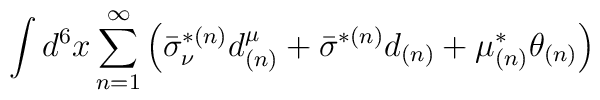
\int d^6 x\sum ^{\infty}_{n=1}\left(\bar \sigma ^{*(n)}_{\nu } d ^{\mu }_{(n)}+\bar \sigma ^{*(n)} d _{(n)}+\mu ^{*}_{(n)} \theta _{(n)}\right)